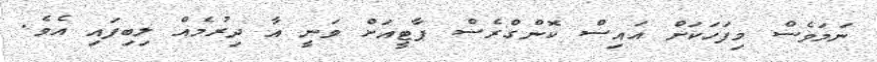
ނަމަވެސް މިފަހަކަށް އައިސް ކޮންގްރެސް ޕާޓީއަށް ވަނީ އާ ދިރުމެއް ލިބިފައި އެވެ.